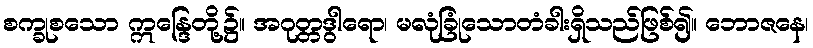
စက္ခုစသော ဣန္ဒြေတို့၌။ အဂုတ္တဒွါရော၊ မလုံခြုံသောတံခါးရှိသည်ဖြစ်၍။ ဘောဇနေ၊